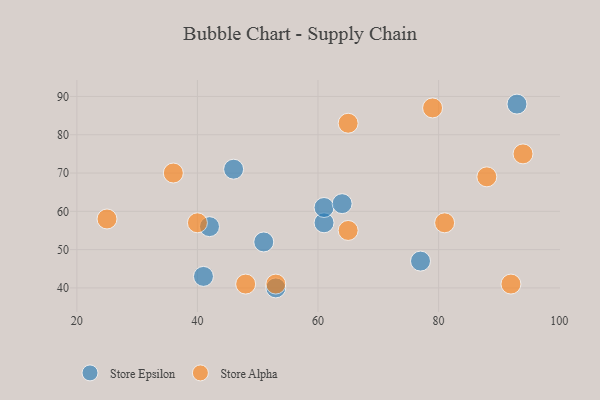
{"axis": {"x": "GDP", "y": "Life Expectancy"}, "legend": ["Store Alpha", "Store Epsilon"], "data": [{"x": "93", "y": 88, "type": "Store Epsilon"}, {"x": "53", "y": 40, "type": "Store Epsilon"}, {"x": "46", "y": 71, "type": "Store Epsilon"}, {"x": "61", "y": 57, "type": "Store Epsilon"}, {"x": "61", "y": 61, "type": "Store Epsilon"}, {"x": "51", "y": 52, "type": "Store Epsilon"}, {"x": "77", "y": 47, "type": "Store Epsilon"}, {"x": "42", "y": 56, "type": "Store Epsilon"}, {"x": "64", "y": 62, "type": "Store Epsilon"}, {"x": "41", "y": 43, "type": "Store Epsilon"}, {"x": "48", "y": 41, "type": "Store Alpha"}, {"x": "65", "y": 55, "type": "Store Alpha"}, {"x": "25", "y": 58, "type": "Store Alpha"}, {"x": "88", "y": 69, "type": "Store Alpha"}, {"x": "92", "y": 41, "type": "Store Alpha"}, {"x": "53", "y": 41, "type": "Store Alpha"}, {"x": "79", "y": 87, "type": "Store Alpha"}, {"x": "94", "y": 75, "type": "Store Alpha"}, {"x": "40", "y": 57, "type": "Store Alpha"}, {"x": "65", "y": 83, "type": "Store Alpha"}, {"x": "81", "y": 57, "type": "Store Alpha"}, {"x": "36", "y": 70, "type": "Store Alpha"}]}